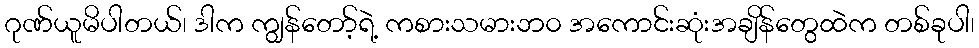
ဂုဏ်ယူမိပါတယ်၊ ဒါက ကျွန်တော့်ရဲ့ ကစားသမားဘ၀ အကောင်းဆုံးအချိန်တွေထဲက တစ်ခုပါ၊